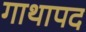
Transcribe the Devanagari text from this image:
गाथापद